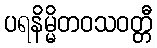
ပရနိမ္မိတဝသဝတ္တီ